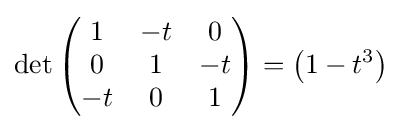
\det {\begin{pmatrix}1&-t&0\\0&1&-t\\-t&0&1\end{pmatrix}}=\left(1-t^{3}\right)